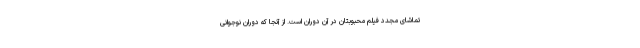
تماشای مجدد فیلم محبوبتان در آن دوران است. از آنجا که دوران نوجوانی